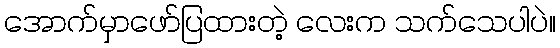
အောက်မှာဖော်ပြထားတဲ့ လေးက သက်သေပါပဲ။